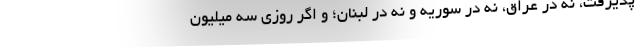
پذیرفت، نه در عراق، نه در سوریه و نه در لبنان؛ و اگر روزی سه میلیون